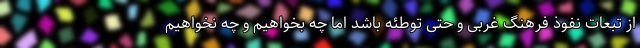
از تبعات نفوذ فرهنگ غربی و حتی توطئه باشد اما چه بخواهیم و چه نخواهیم